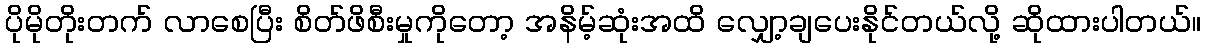
ပိုမိုတိုးတက် လာစေပြီး စိတ်ဖိစီးမှုကိုတော့ အနိမ့်ဆုံးအထိ လျှော့ချပေးနိုင်တယ်လို့ ဆိုထားပါတယ်။